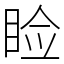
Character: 睑